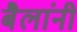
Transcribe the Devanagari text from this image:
बैलांनी